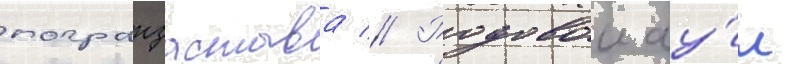
погранзастава // Родовои ау́л